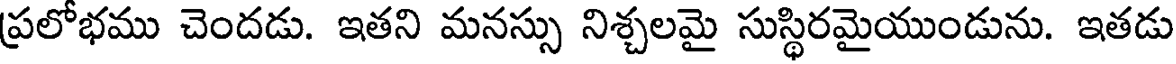
ప్రలోభము చెందడు. ఇతని మనస్సు నిశ్చలమై సుస్థిరమైయుండును. ఇతడు